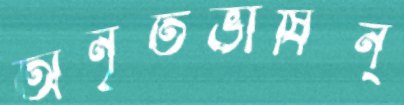
অনৃতভাষিন্